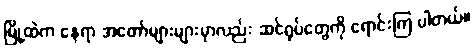
မြို့ထဲက နေရာ အတော်များများမှာလည်း ဆင်ရုပ်တွေကို ရောင်းကြ ပါတယ်။